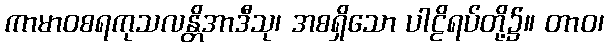
ကာမာဝစရကုသလန္တိအာဒီသု၊ အစရှိသော ပါဠိရပ်တို့၌။ တာဝ၊